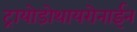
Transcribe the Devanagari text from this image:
ट्रायोडोथायरोनाईन